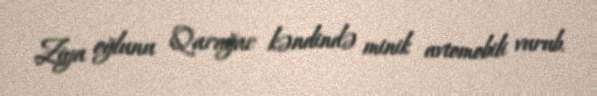
Ziya oğlunu Qarağac kəndində minik avtomobili vurub.